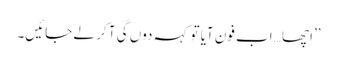
’’اچھا …اب فون آیا تو کہہ دوں گی آ کر لے جائیں۔